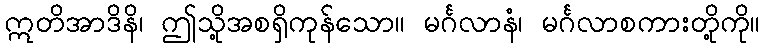
ဣတိအာဒိနိ၊ ဤသို့အစရှိကုန်သော။ မင်္ဂလာနံ၊ မင်္ဂလာစကားတို့ကို။